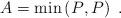
LaTeX: \begin{align*} A = \min \left(P_{\,},P_{\,} \right) \;.\,\end{align*}